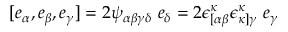
[ e _ { \alpha } , e _ { \beta } , e _ { \gamma } ] = 2 \psi _ { \alpha \beta \gamma \delta } ~ e _ { \delta } = 2 \epsilon _ { [ \alpha \beta } ^ { \kappa } \epsilon _ { \kappa ] \gamma } ^ { \kappa } ~ e _ { \gamma }